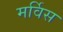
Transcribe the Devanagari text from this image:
मर्विस